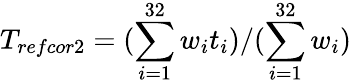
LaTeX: T_{refcor2}=(\sum_{i=1}^{32}w_{i}t_{i})/(\sum_{i=1}^{32}w_{i})